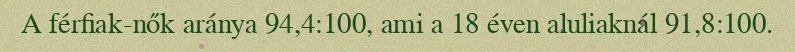
A férfiak-nők aránya 94,4:100, ami a 18 éven aluliaknál 91,8:100.